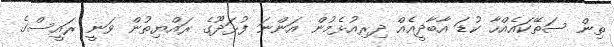
ތިން ސަތޭކައެއްހާ ކުޑަ އާބާދީއެއް ދިރިއުޅެމުން އަންނަ ފުޅަދޫގެ ރައްޔިތުން ވަނީ ރައީސްގެ